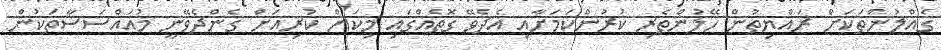
ގެއްލުންތަކަށް ރައްޔިތުން ހޭލުންތެރި ކުރުންކަމަށާއި އެދެވޭ ގޮތެއްގައި މިކަން ކުރިއަށް ގެންދެވޭނީ މުއައްސަސާތަކުން